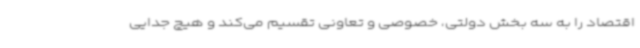
اقتصاد را به سه بخش دولتی، خصوصی و تعاونی تقسیم می‌کند و هیچ جدایی